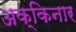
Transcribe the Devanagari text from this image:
अक्किनार